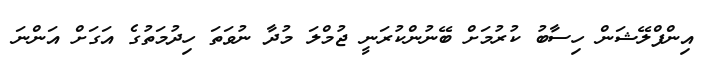
އިންފްލޭޝަން ހިސާބު ކުރުމަށް ބޭނުންކުރަނީ ޖުމްލަ މުދާ ނުވަތަ ހިދުމަތުގެ އަގަށް އަންނަ